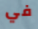
في